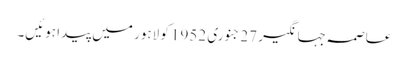
عاصمہ جہانگیر 27 جنوری 1952 کو لاہور میں پیدا ہوئیں۔